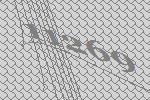
11269